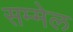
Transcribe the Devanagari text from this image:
सम्मेल